Annual report of lunatic asylums [Bombay] - 1912-1922
Year: 1912
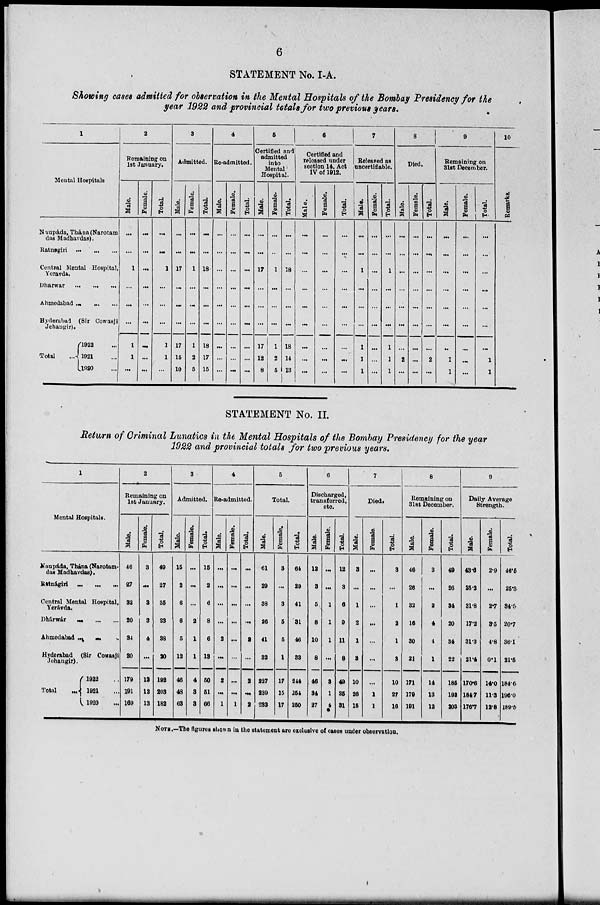
6
STATEMENT No. I-A.
Showing cases admitted for observation in the Mental Hospitals of the Bombay Presidency for the
year 1922 and provincial totals for two previous years.
1
Mental Hospitals
Naupáda, Thána (Narotam
das Madhavdas).
Ratnagiri ... ... ...
Central Mental Hospital,
Yeravda.
Dharwar ... ... ...
Ahmedabad ... ... ...
Hyderabad (Sir Cowasji
Jehangir).
Total
...
1922 ...
1921 ...
1920 ...
2
Remaining on
1st January.
Male.
...
...
1
...
...
...
1
1
...
Female.
...
...
...
...
...
...
...
...
...
Total.
...
...
1
...
...
...
1
1
...
3
Admitted.
Male.
...
...
17
...
...
...
17
15
10
Female.
...
...
1
...
...
...
1
2
5
Total.
...
...
18
...
...
...
18
17
15
4
Re-admitted.
Male.
...
...
...
...
...
...
...
...
...
Female.
...
...
...
...
...
...
...
...
...
Total.
...
...
...
...
...
...
...
...
...
5
Certified and
admitted
into
Mental
Hospital.
Male.
...
...
17
...
...
...
17
12
8
Female.
...
...
1
...
...
...
1
2
5
Total.
...
...
18
...
...
...
18
14
13
6
Certified and
released under
section 14, Act
IV of 1912.
Male.
...
...
...
...
...
...
...
...
...
Female.
...
...
...
...
...
...
...
...
...
Total.
...
...
...
...
...
...
...
...
...
7
Released as
noncertifiable.
Male.
...
...
1
...
...
...
1
1
1
Female.
...
...
...
...
...
...
...
...
...
Total.
...
...
1
...
...
...
1
1
1
8
Died.
Male.
...
...
...
...
...
...
...
2
...
Female.
...
...
...
...
...
...
...
...
...
Total.
...
...
...
...
...
...
...
2
...
9
Remaining on
31st December.
Male.
...
...
...
...
...
...
...
1
1
Female.
...
...
...
...
...
...
...
...
...
Total.
...
...
...
...
...
...
...
1
1
10
Remarks.
STATEMENT No. II.
Return of Criminal Lunatics in the Mental Hospitals of the Bombay Presidency for the year
1922 and provincial totals for two previous years.
1
Mental Hospitals.
Naupáda, Thána (Narotam-
das Madhavdas).
Ratnágiri ... ... ...
Central Mental Hospital,
Yerávda.
Dhárwár ... ... ...
Ahmedabad ... ... ...
Hyderabad (Sir Cowasji
Jehangir).
Total ...
1922 ...
1921 ...
1920 ...
2
Remaining on
1st January.
Male.
46
27
32
20
34
20
179
191
169
Female.
3
...
3
3
4
...
13
12
13
Total.
49
27
35
23
38
20
192
203
182
3
Admitted.
Male.
15
2
6
6
5
12
46
48
63
Female.
...
...
...
2
1
1
4
3
3
Total.
15
2
6
8
6
13
50
51
66
4
Re-admitted.
Male.
...
...
...
...
2
...
2
...
1
Female.
...
...
...
...
...
...
...
...
1
Total.
...
...
...
...
2
...
2
...
2
5
Total.
Male.
61
29
38
26
41
32
227
239
233
Female.
3
...
3
5
5
1
17
15
17
Total.
64
29
41
31
48
33
244
254
250
6
Discharged,
transferred,
etc.
Male.
12
3
5
8
10
8
46
34
27
Female.
...
...
1
1
1
...
3
1
4
Total.
12
3
6
9
11
8
49
35
31
7
Died.
Male.
3
...
1
2
1
3
10
26
15
Female.
...
...
...
...
...
...
...
1
1
Total.
3
...
1
2
1
3
10
27
16
8
Remaining on
31st December.
Male.
46
26
32
16
30
21
171
179
191
Female.
3
...
2
4
4
1
14
13
12
Total.
49
26
34
20
34
22
185
192
203
9
Daily Average
Strength.
Male.
43.6
25.3
31.8
17.2
31.3
21.4
170.6
184.7
176.7
Female.
2.9
...
2.7
3.5
4.8
0.1
14.0
11.3
12.8
Total.
46.5
25.3
34.5
20.7
36.1
21.5
184.6
196.0
189.5
NOTE.—The figures shown in the statement are exclusive of cases under observation.